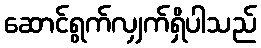
ဆောင်ရွက်လျှက်ရှိပါသည်